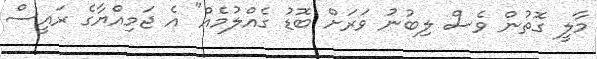
މާލީ ގޮތުން ވެސް ލިބުނު ވަރަށް ބޮޑު ގެއްލުމެއް" އެ ޖަމިއްޔާގެ ރައީސް